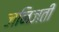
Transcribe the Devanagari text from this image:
जनिजती